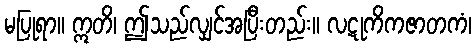
မပြုရာ။ ဣတိ၊ ဤသည်လျှင်အပြီးတည်း။ လဋုကိကဇာတကံ၊